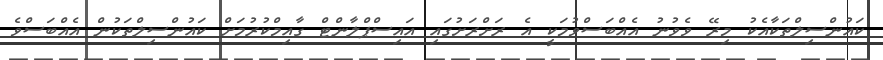
ކައުންސިލްތަކާއެކު މިރޭ ވެވުނު އެއްބަސްވުމަކީ އެ ރަށްރަށުގައި އައިސްޕްލާންޓް ގާއިމްކުރުމަށް ކައުންސިލްތަކުން އެއްްބަސްވެ